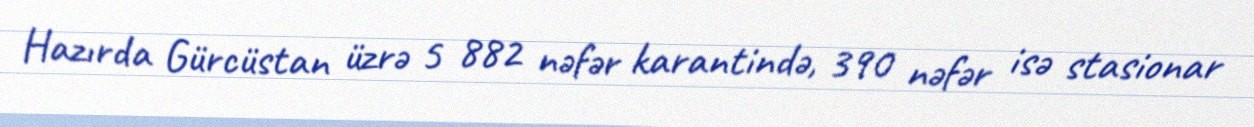
Hazırda Gürcüstan üzrə 5 882 nəfər karantində, 390 nəfər isə stasionar